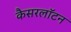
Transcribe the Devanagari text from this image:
कैसरलॉटन